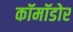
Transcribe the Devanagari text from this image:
कॉमॉडोर